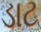
ડાટ